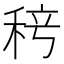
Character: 𬓨